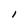
Character: l